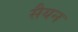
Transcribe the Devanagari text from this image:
सैयन